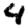
Digit: 4